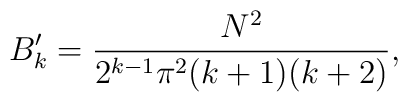
B^\prime_k = { N^2 \over 2^{k-1} \pi^2 (k+1)(k+2) },